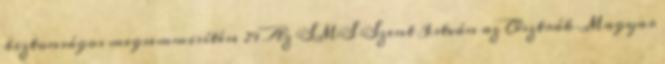
biztonságos megsemmisítése 29 Az SMS Szent István az Osztrák–Magyar